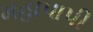
મહાપાપી